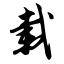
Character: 载